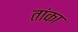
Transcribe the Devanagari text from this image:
तांका